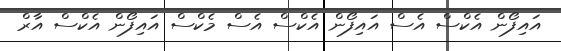
އައިފޯން އެކްސް އެސް އައިފޯން އެކްސް އެސް މެކްސް އައިފޯން އެކްސް އާރް